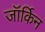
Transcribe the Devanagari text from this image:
जॉर्किन